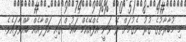
މި މުބާރާތުގެ ގުރު ނެގުމަށް ރޭ ވަނީ އެފްއޭއެމް ހައުސްގައި ހަފްލާއެއް ބާއްވާފައެވެ.